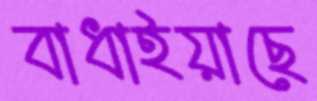
বাধাইয়াছে